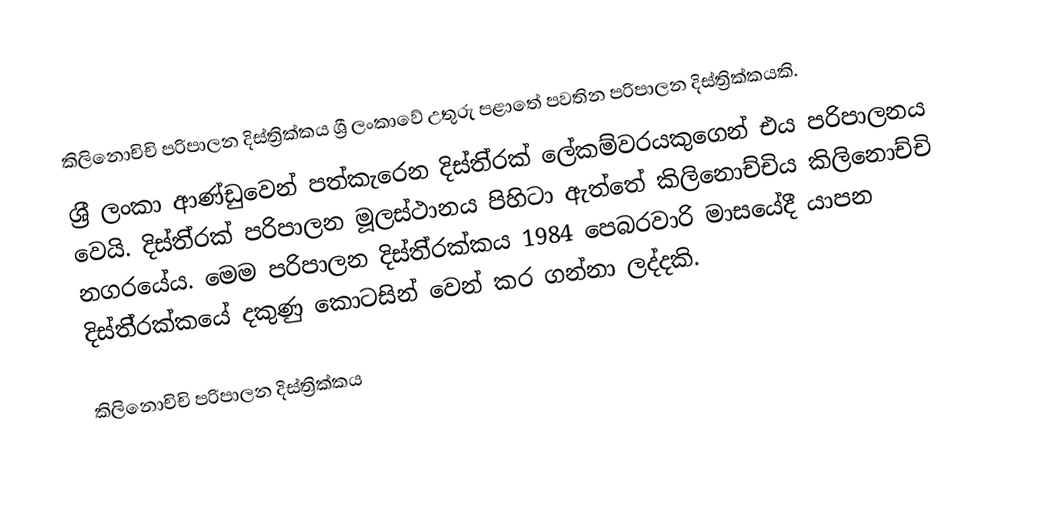
කිලිනොචිචි පරිපාලන දිස්ත්‍රික්කය ශ්‍රී ලංකාවේ උතුරු පළාතේ පවතින පරිපාලන දිස්ත්‍රික්කයකි.
ශ‍්‍රී ලංකා ආණ්ඩුවෙන් පත්කැරෙන දිස්ති‍්‍රක් ලේකම්වරයකුගෙන් එය පරිපාලනය වෙයි. දිස්ති‍්‍රක් පරිපාලන මූලස්ථානය පිහිටා ඇත්තේ කිලිනොච්චිය‍ කිලිනොච්චි නගරයේය. මෙම පරිපාලන දිස්ති‍්‍රක්කය 1984 පෙබරවාරි මාසයේදී යාපන දිස්ති‍්‍රක්කයේ දකුණු කොටසින් වෙන් කර ගන්නා ලද්දකි.

කිලිනොචිචි පරිපාලන දිස්ත්‍රික්කය